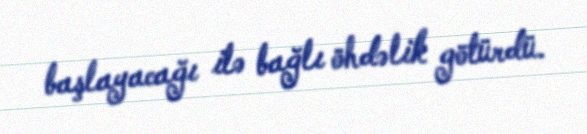
başlayacağı ilə bağlı öhdəlik götürdü.